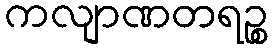
ကလျာဏတရဉ္စ